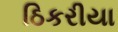
ઠિકરીયા